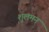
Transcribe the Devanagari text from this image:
शुलमन